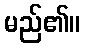
မည်၏။